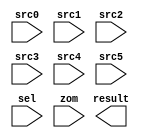
module WBExecute (
  input      [31:0]   src0,
  input      [31:0]   src1,
  input      [31:0]   src2,
  input      [31:0]   src3,
  input      [31:0]   src4,
  input      [31:0]   src5,
  input      [5:0]    sel,
  input      [2:0]    zom,
  output reg [31:0]   result
);
endmodule